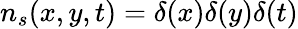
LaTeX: n_{s}(x,y,t)=\delta(x)\delta(y)\delta(t)